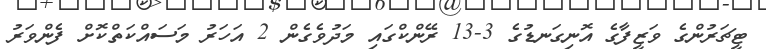
ޓީޗަރުންގެ ވަޒީފާގެ އޮނިގަނޑުގެ 3-13 ރޭންކްގައި މަދުވެގެން 2 އަހަރު މަސައްކަތްކޮށް ފެންވަރު